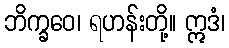
ဘိက္ခဝေ၊ ရဟန်းတို့။ ဣဒံ၊